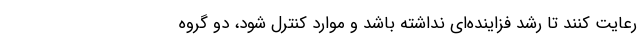
رعایت کنند تا رشد فزاینده‌ای نداشته باشد و موارد کنترل شود، دو گروه